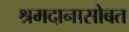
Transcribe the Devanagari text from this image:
श्रमदानासोबत